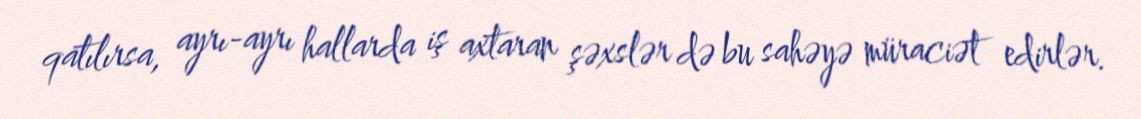
qatılırsa, ayrı-ayrı hallarda iş axtaran şəxslər də bu sahəyə müraciət edirlər.